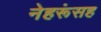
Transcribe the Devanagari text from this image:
नेहरूंसह